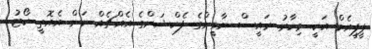
ޕީޕީއެމް އަކީ މިހާރު ރައީސް ޔާމީންގެ ފެކްޝަންގެ އެއްޗެއް ކަން އެއޮތީ ކޯޓު